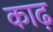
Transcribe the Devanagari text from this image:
काढ़